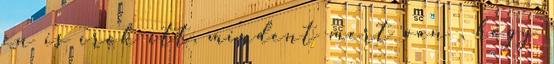
én is írok itt, mindent mert van , hogy